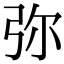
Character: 弥